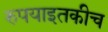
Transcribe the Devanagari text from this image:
रुपयाइतकीच